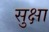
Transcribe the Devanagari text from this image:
सुक्षा